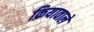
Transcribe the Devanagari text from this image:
क्रियावाले